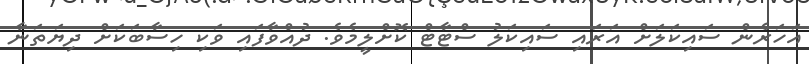
އަހަރެން ސައިކަލަށް އަރައި ސައިކަލު ސްޓާޓް ކޮށްލީމެވެ. ދުއްވާފައި ވަކި ހިސާބަކަށް ދިޔަތަނާ